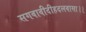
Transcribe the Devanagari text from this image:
सगवावीदीहदलवासा।।